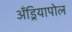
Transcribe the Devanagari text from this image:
अँड्रियापोल